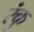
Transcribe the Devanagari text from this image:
रंकु